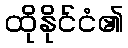
ထိုနိုင်ငံ၏